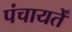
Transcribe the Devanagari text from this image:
पंचायतेँ